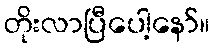
တိုးလာပြီပေါ့နော်။